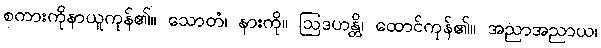
စကားကိုနာယူကုန်၏။ သောတံ၊ နားကို။ ဩဒဟန္တိ၊ ထောင်ကုန်၏။ အညာအညာယ၊